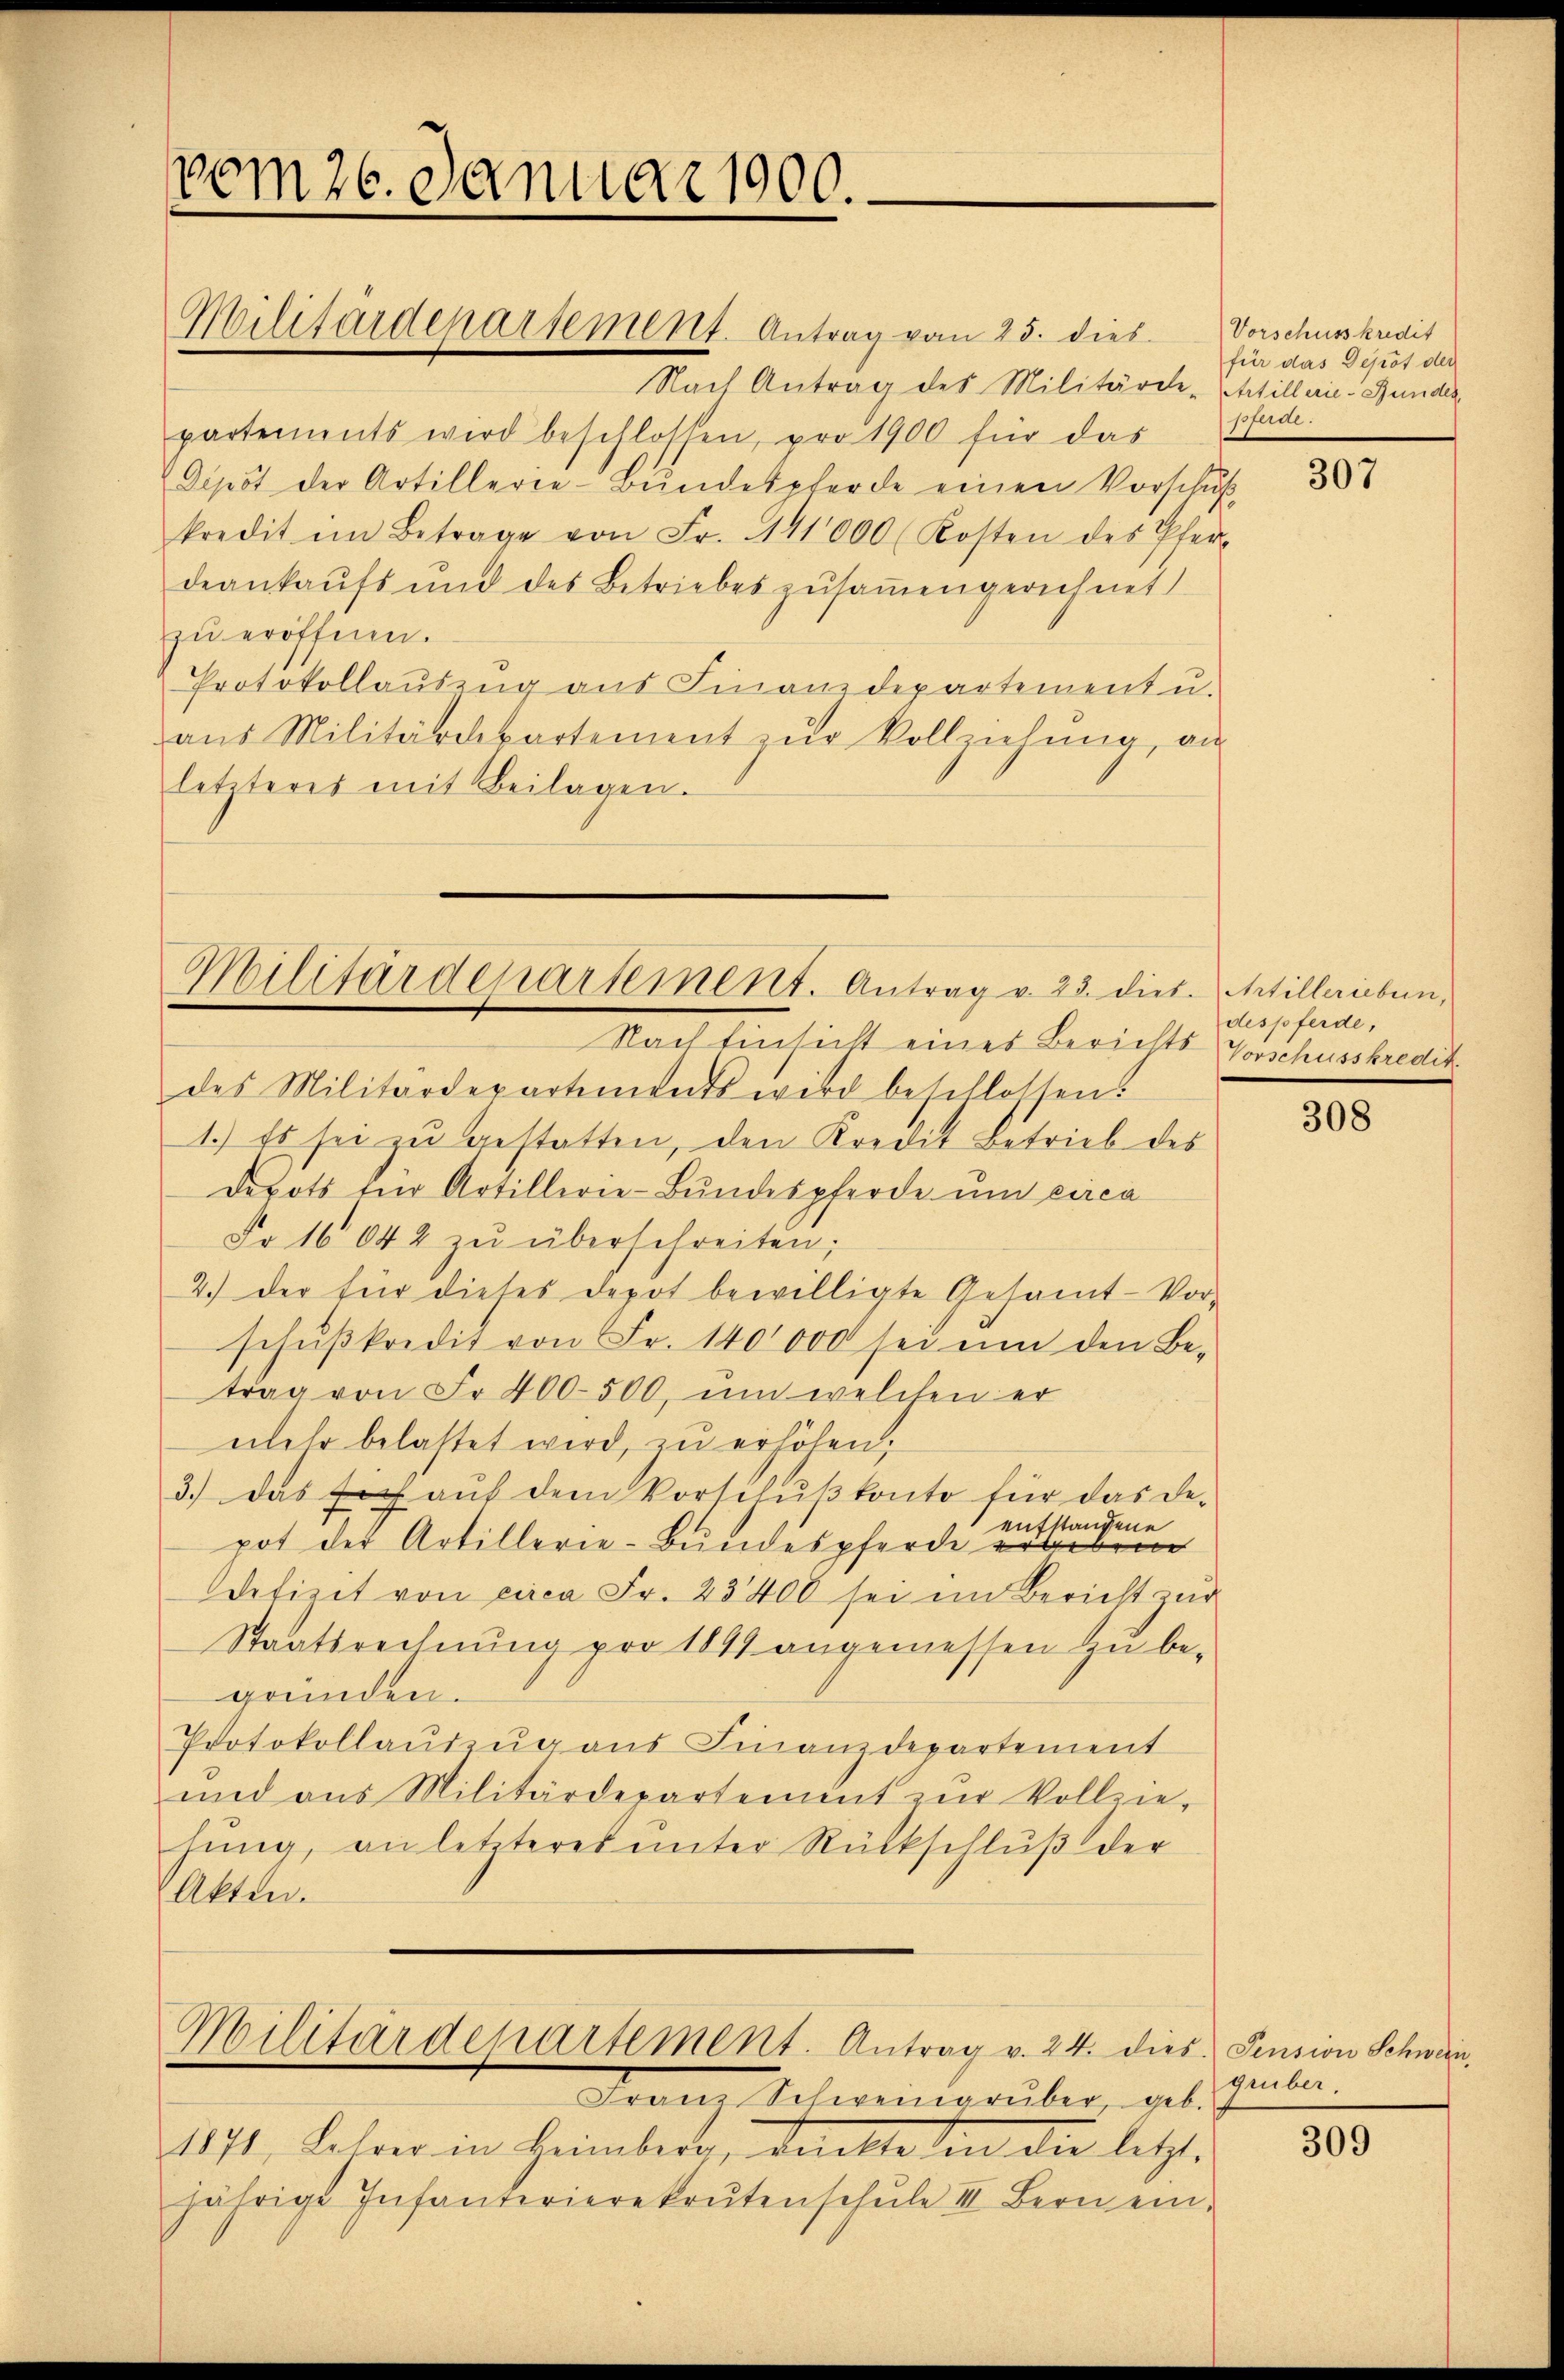
vom 26. Januar 1900.

Militärdeparsement. Antrag vom 25. dies

Militärdepartement. Antrag v. 23. dies. Artillerieben,

Nach Antrag des Militärde-trtillerie-Bunden,
partements wird beschlossen, pro 1900 für das
Depot der Artillerie-Bŭndespferde einen Vorschuß
kredit im Betrage von Fr. 141000 (Kosten des Pfer
deankaufs und des Betriebes zusammengerichnet
zu eröffnen.
Protokollauszug aus Finanzdepartement u.
aus Militärdepartement zŭr Vollziehung, an
letzteres mit Beilagen.

Militärdepartement. Antrag v. 24. dies Pension Schwein,

Franz Schweingrüber, geb.
1171, Lehrer in Heimberg, dankte in die letzt.
jährige Infanterierekrutenschŭle II. Bern ein-

Nach Einsicht eines Berichts Vorschusskredit.
des Militärdepartements wird beschlossen:
1.) Es sei zu gestatten, den Kredit Betrieb des
Depots für Artillerie-Bundespferde und circa
Fr. 16042 zŭ überschreiten;
2.) Der für dieses Depot bewilligte Gesamt-Vor-
schŭβkredit von Fr. 140000 sei um den Be-
trag von Fr. 400-500, ŭm welchen er
mehr belastet wird, zu erhöhen;
3.) Das sich auf dem Vorschŭβkonto für das De-
eufstandene
pot der Artillerie-Bundespferde erlebene
defizit von circa Fr. 23400 sei im Bericht zur
Staatsrechnung pro 1849 angemessen zu begründen.
Protokollauszug aus Finanzdepartement
und aus Militärdepartement zŭr Vollziehung, an letzteres unter Rückschluß der
Akten.

Vorschusskredit
für das Depot der
pferde.

307

despferde,

308

geüber.

309